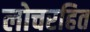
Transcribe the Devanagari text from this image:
लोचरहित